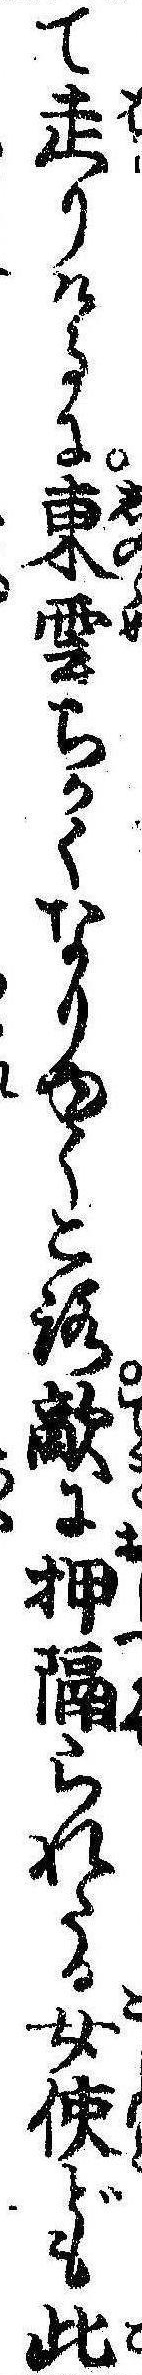
て走りけるに東雲ちかくなりゆくころ敵に押隔られたる女使ども此